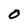
Character: 0